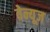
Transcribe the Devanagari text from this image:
वेन्यूज